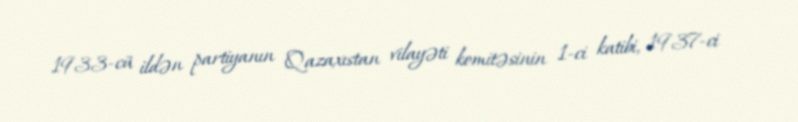
1933-cü ildən partiyanın Qazaxıstan vilayəti komitəsinin 1-ci katibi, 1937-ci